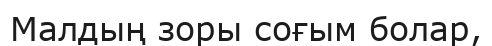
Малдың зоры соғым болар,